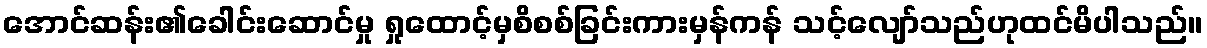
အောင်ဆန်း၏ခေါင်းဆောင်မှု ရှုထောင့်မှစိစစ်ခြင်းကားမှန်ကန် သင့်လျော်သည်ဟုထင်မိပါသည်။